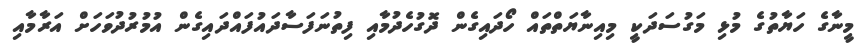
މީނާގެ ހަޔާތުގެ މުޅި މަގުސަދަކީ މިއިނާޔަތްތައް ހޯދައިގެން ދޮގުހެދުމާއި ފިތުނަފަސާދައުފައްދައިގެން އުމުރުދުވަހަށް އަރާމާއި